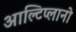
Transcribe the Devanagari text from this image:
आल्टिप्लानो